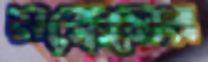
মক্কেলের